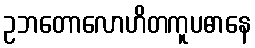
ဥဘတောလောဟိတကူပဓာနေ